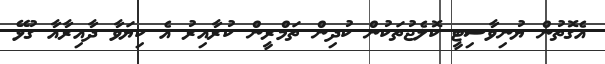
އެގޮތުން ޔުނިވާސިޓީ ކޮލެޖުތަކުން ކުދިން ތަމްރީން ކުރާއިރު އެ ކިޔަވާ ދާއިރާއާ ގުޅޭ